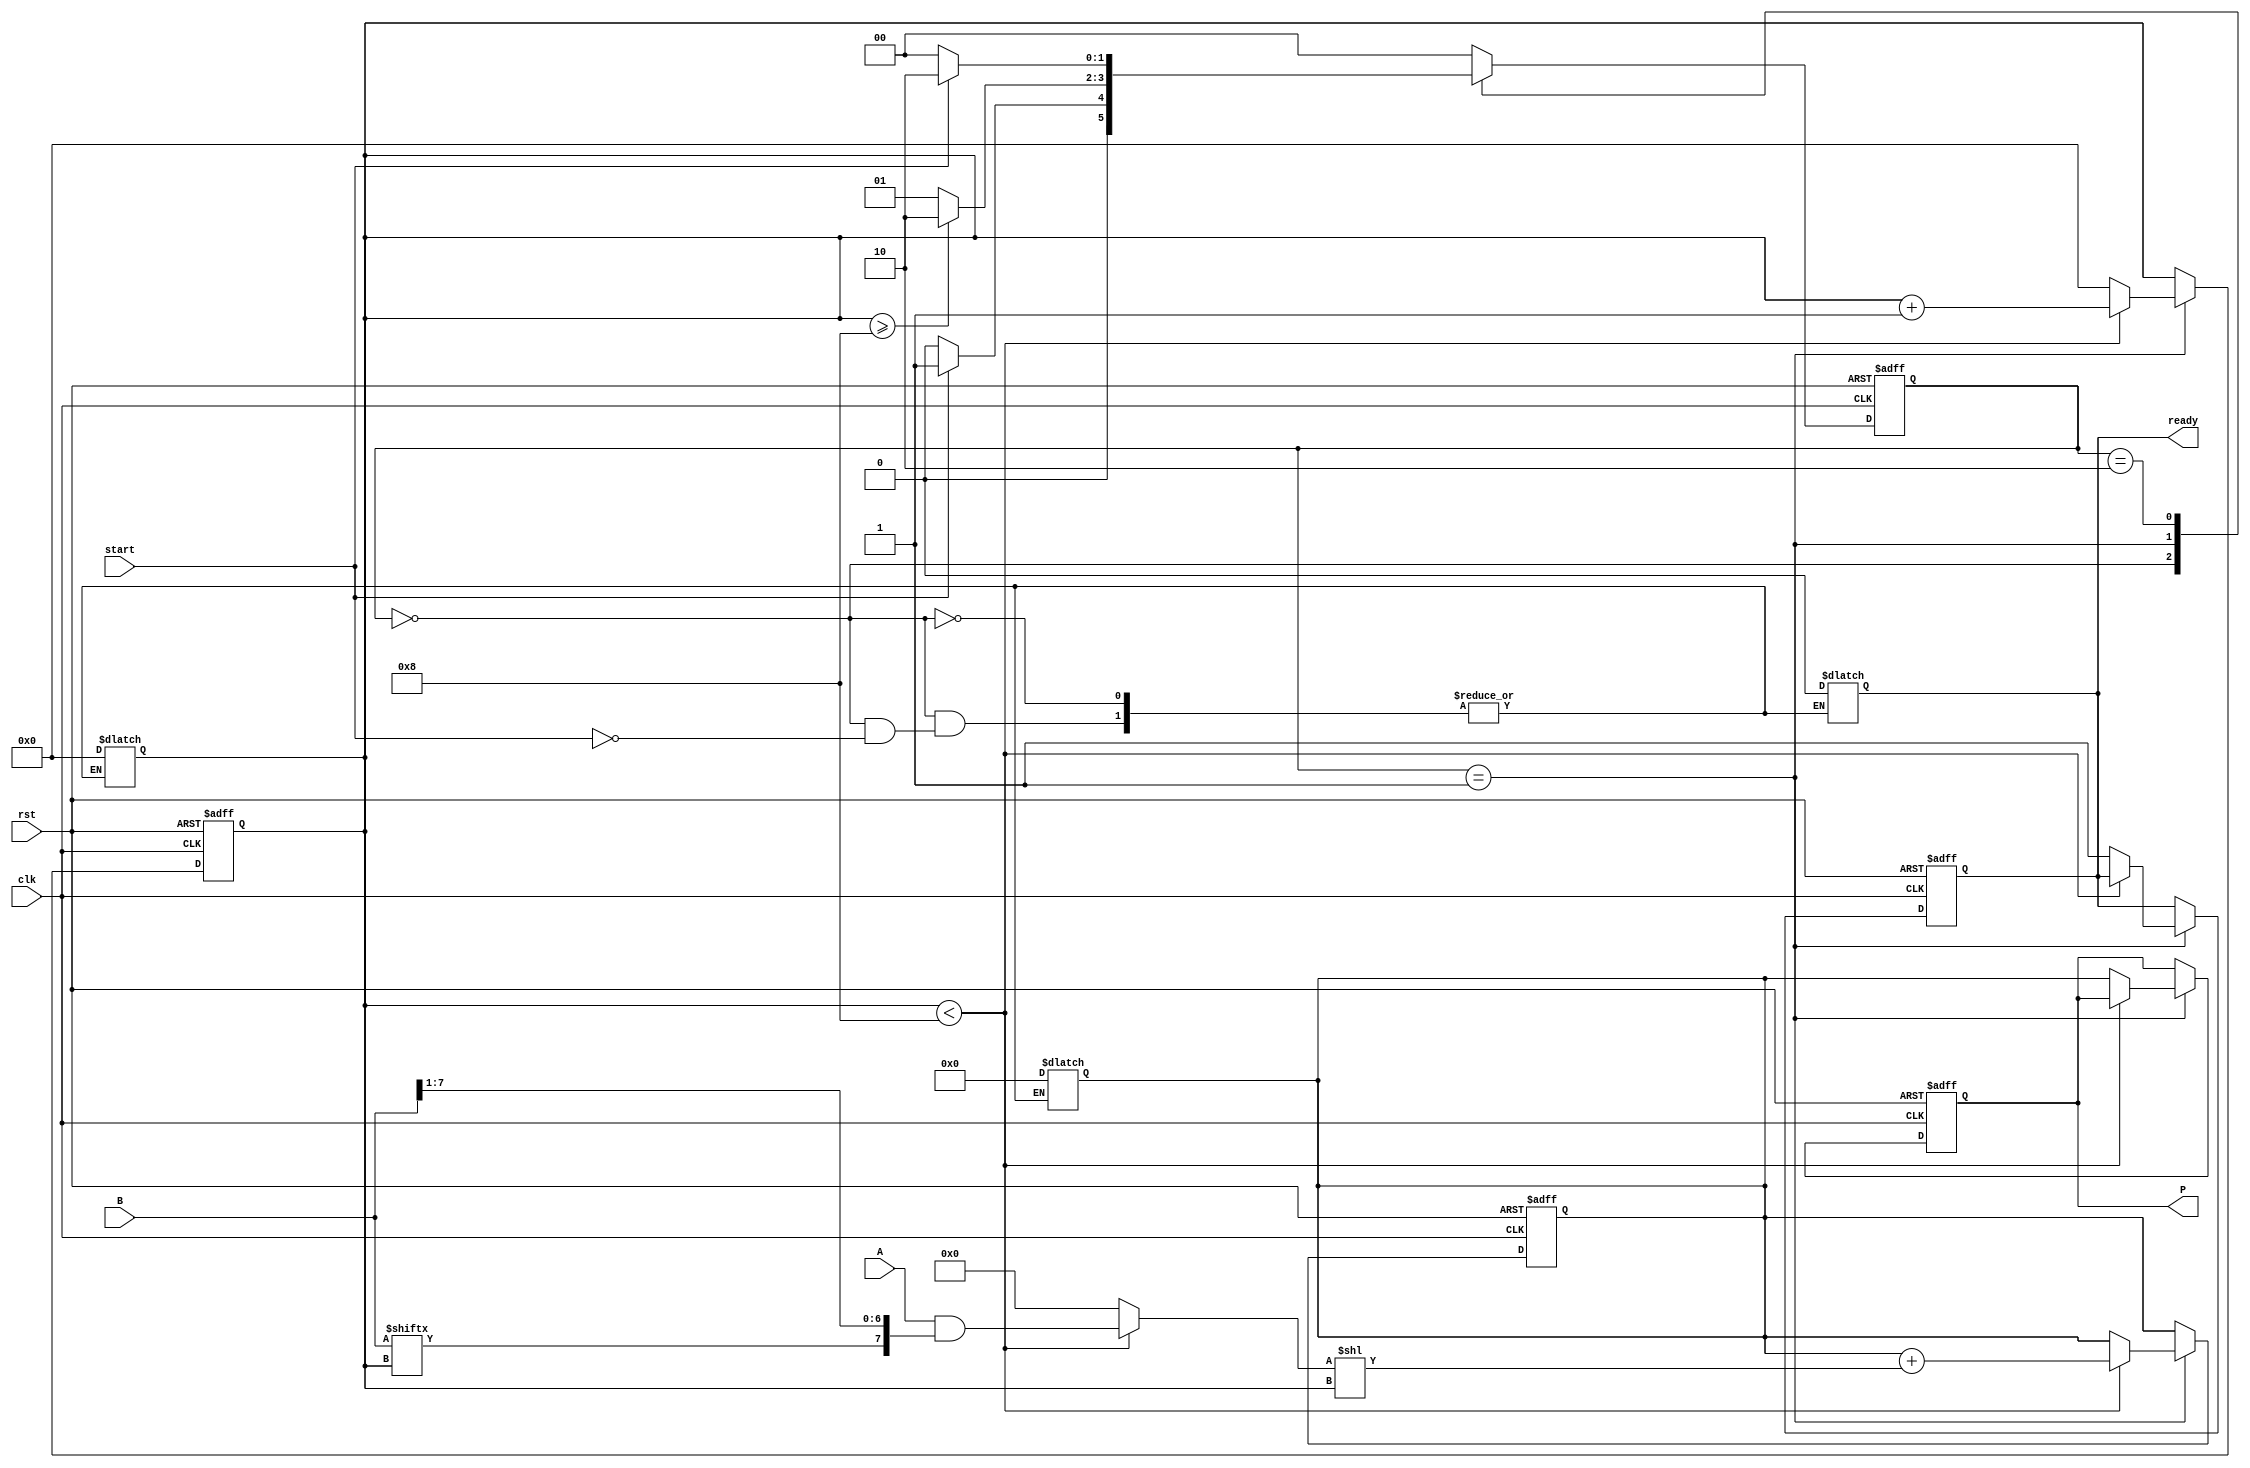
module PartialProductAccumulator #(
    parameter A_WIDTH = 8,  // Width of the multiplicand
    parameter B_WIDTH = 8   // Width of the multiplier
)(
    input  wire [A_WIDTH-1:0] A,         // Multiplicand
    input  wire [B_WIDTH-1:0] B,         // Multiplier
    input  wire clk,                     // Clock signal
    input  wire rst,                     // Reset signal
    input  wire start,                   // Start signal
    output reg [(A_WIDTH + B_WIDTH)-1:0] P, // Product output
    output reg ready                     // Ready signal
);

    reg [B_WIDTH-1:0] multiplier;             // Internal multiplier register
    reg [A_WIDTH-1:0] partial_product;         // Current Partial Product
    reg [(A_WIDTH + B_WIDTH)-1:0] accumulator; // Accumulator for results
    reg [3:0] count;                          // Counter for bits processed

    localparam STATE_IDLE = 2'b00;
    localparam STATE_RUNNING = 2'b01;
    localparam STATE_DONE = 2'b10;
    
    reg [1:0] state, next_state;

    // State Machine for controlling the multiplication process
    always @(posedge clk or posedge rst) begin
        if (rst) begin
            state <= STATE_IDLE;
            P <= 0;
            accumulator <= 0;
            count <= 0;
            ready <= 0;
        end else begin
            state <= next_state;

            if (state == STATE_RUNNING) begin
                if (count < B_WIDTH) begin
                    accumulator <= accumulator + (partial_product << count);
                    count <= count + 1;
                end else begin
                    P <= accumulator;
                    ready <= 1;  // Indicate that multiplication is complete
                    count <= 0;  // Reset count for next operation
                end
            end
        end
    end

    // Logic to generate next state
    always @(*) begin
        case (state)
            STATE_IDLE: begin
                if (start) begin
                    next_state = STATE_RUNNING;
                    multiplier = B;
                    accumulator = 0;
                    count = 0;
                    ready = 0;
                end else begin
                    next_state = STATE_IDLE;
                end
            end
            
            STATE_RUNNING: begin
                if (count >= B_WIDTH) begin
                    next_state = STATE_DONE; 
                end else begin
                    next_state = STATE_RUNNING;
                end
            end
            
            STATE_DONE: begin
                if (!start) begin
                    next_state = STATE_IDLE; // Go back to idle if start is deactivated
                end else begin
                    next_state = STATE_DONE;
                end
            end
            
            default: next_state = STATE_IDLE;
        endcase
    end

    // Generate partial products
    always @(*) begin
        partial_product = A & {B[B_WIDTH-1:0]}; // Partially ANDed, based on multiplier bits
        if (count < B_WIDTH) begin
            partial_product = A & {B[count], B[B_WIDTH-1:1]}; // Shift for the current count
        end else begin
            partial_product = 0; // If counter exceeds, no partial product
        end
    end

endmodule